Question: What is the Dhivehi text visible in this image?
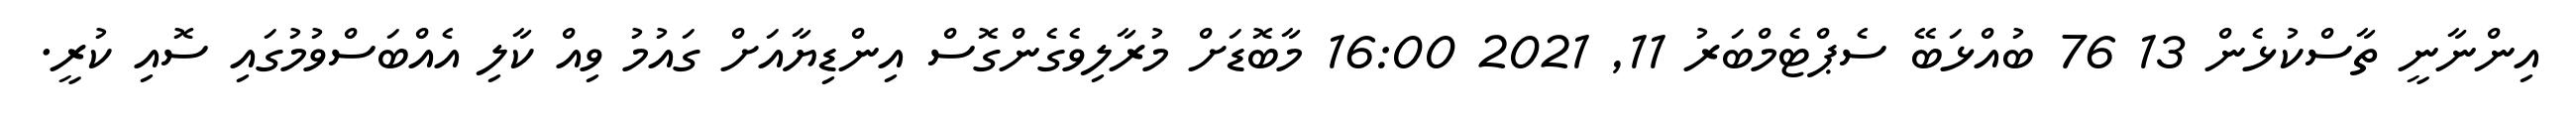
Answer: އިންނާނީ ތާސްކުޅެން 13 76 ބުއްޅަބޭ ސެޕްޓެމްބަރު 11, 2021 16:00 މާބޮޑަށް މުރާލިވެގެންގޮސް އިންޑިޔާއަށް ގައުމު ވިއް ކާލި އެއްބަސްވުމުގައި ސޮއި ކުރީ.